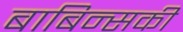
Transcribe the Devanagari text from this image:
बाबिन्सकी